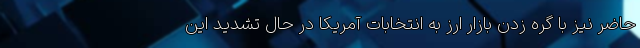
حاضر نیز با گره زدن بازار ارز به انتخابات آمریکا در حال تشدید این